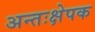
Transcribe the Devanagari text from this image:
अन्तःक्षेपक